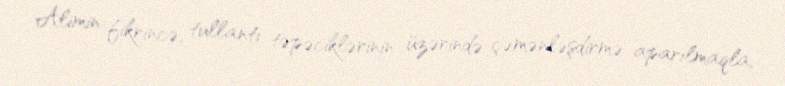
Alimin fikrincə, tullantı təpəciklərinin üzərində çəmənləşdirmə aparılmaqla,